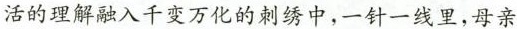
活的理解融入千变万化的刺绣中，一针一线里，母亲